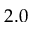
2 . 0